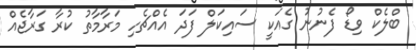
ބްލެކް ވިޑޯ ފެނުނު ގެއަކީ ސައިކަލް ފަދަ އެއްޗެހި މަރާމާތު ކުރާ ގަރާޖެއް